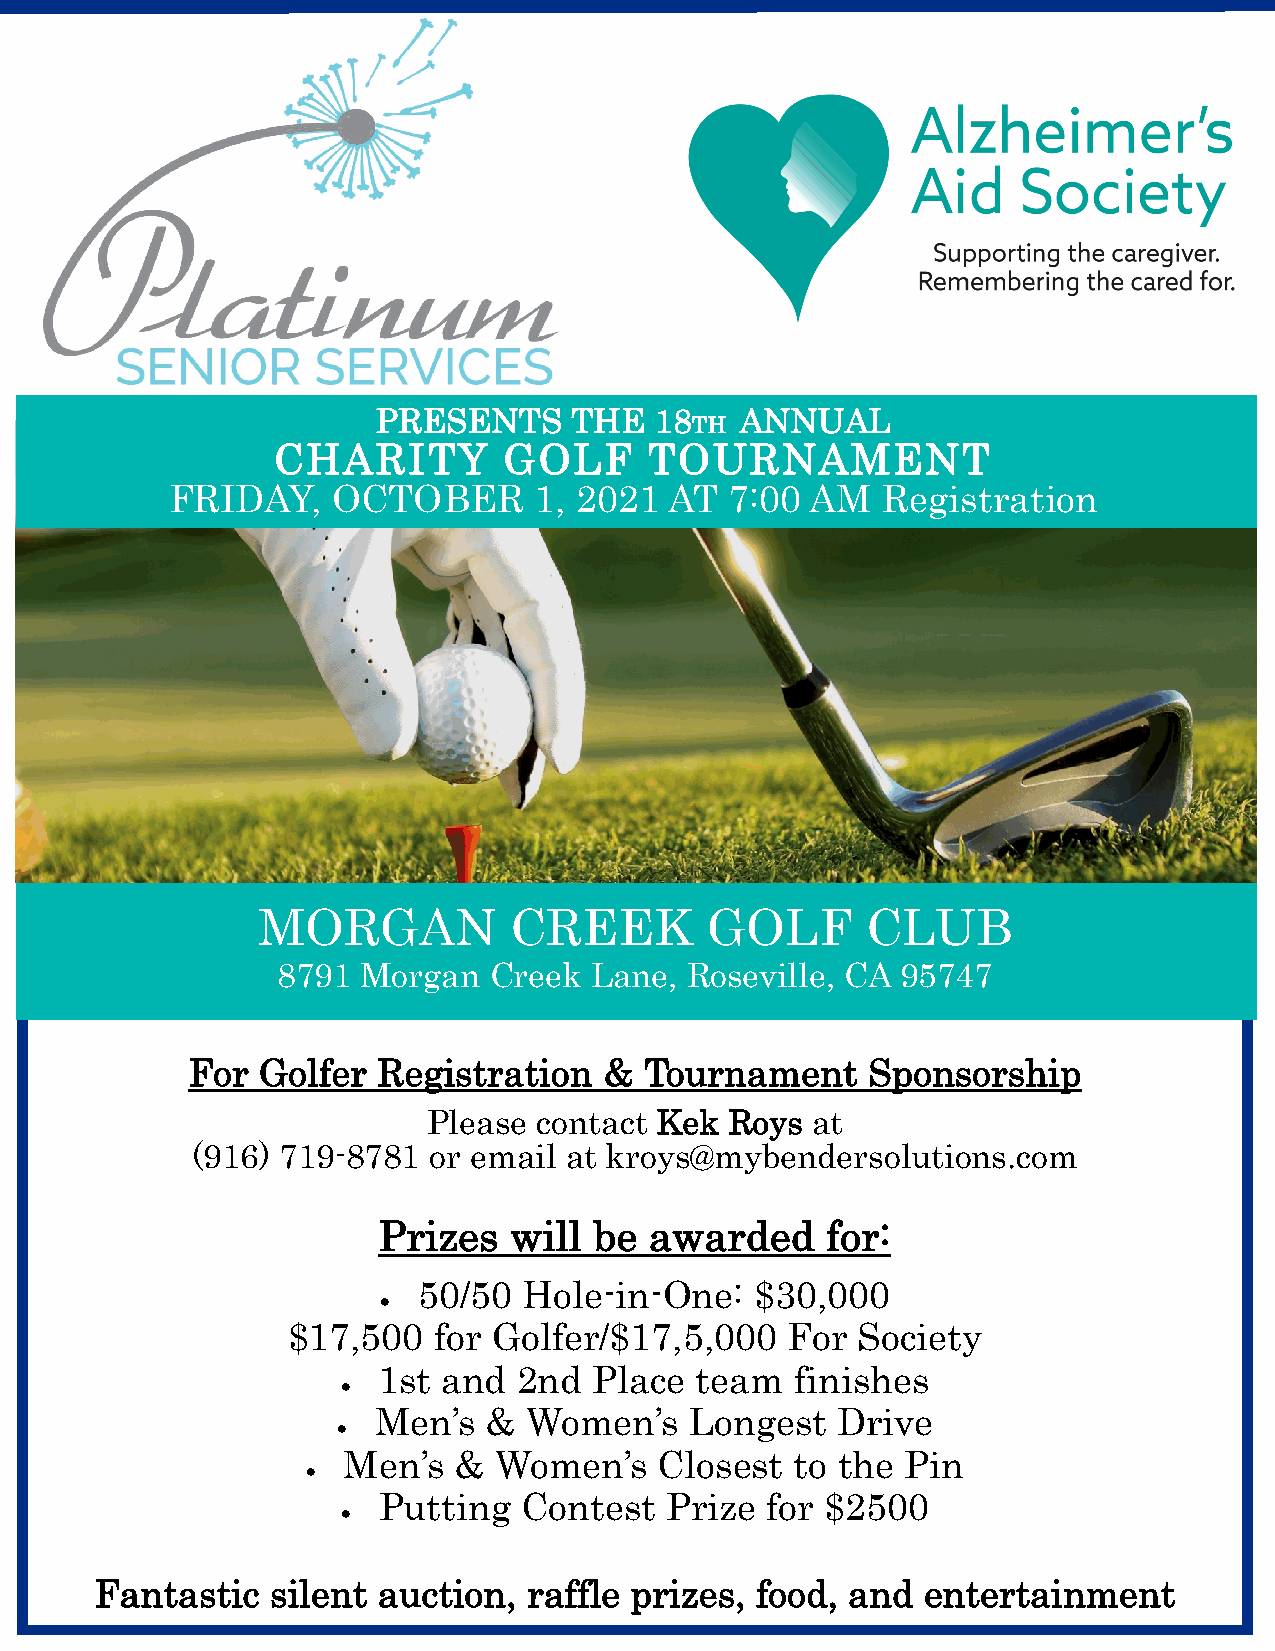
PRESENTS     THE  18    ANNUAL
 TH
 CHARITY        GOLF      TOURNAMENT
 FRIDAY,    OCTOBER      1, 2021  AT  7:00  AM  Registration
 MORGAN           CREEK        GOLF      CLUB
 8791  Morgan  Creek  Lane,  Roseville, CA 95747
 For  Golfer  Registration   &  Tournament    Sponsorship
 Please  contact Kek Roys  at
 (916) 719-8781 or email at kroys@mybendersolutions.com
 Prizes   will be  awarded     for:
 50/50  Hole-in-One:   $30,000
 •
 $17,500   for Golfer/$17,5,000   For  Society
 1st and  2nd  Place  team   finishes
 •
 Men’s  &  Women’s    Longest  Drive
 •
 Men’s  &  Women’s    Closest  to the Pin
 •
 Putting   Contest  Prize  for $2500
 •
 Fantastic   silent auction,  raffle prizes, food, and  entertainment